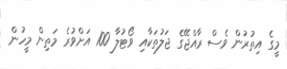
މީގެ އިތުރުން ވެސް ރާއްޖޭގެ ޖަލުތަކާއި ވޯޓުލާ 100 އަށްވުރެ މަތިން މީހުން